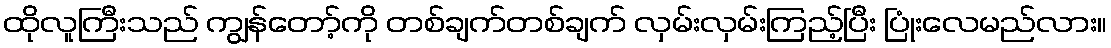
ထိုလူကြီးသည် ကျွန်တော့်ကို တစ်ချက်တစ်ချက် လှမ်းလှမ်းကြည့်ပြီး ပြုံးလေမည်လား။